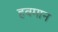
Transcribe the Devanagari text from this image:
हवमान